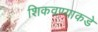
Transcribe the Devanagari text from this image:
शिकवण्याकडे